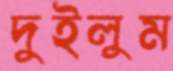
দুইলুম